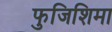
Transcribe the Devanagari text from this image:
फुजिशिमा